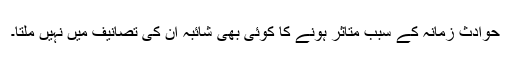
حوادثِ زمانہ کے سبب متاثر ہونے کا کوئی بھی شائبہ اُن کی تصانیف میں نہیں ملتا۔